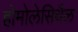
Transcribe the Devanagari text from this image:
होमोलेसिथैल